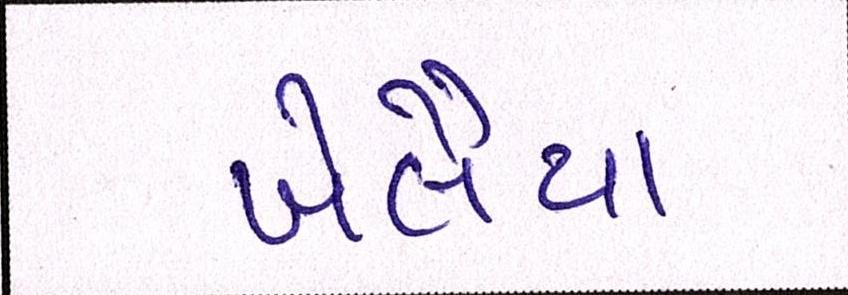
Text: ખેલૈયા